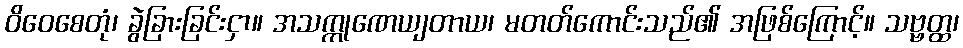
ဝိဝေစေတုံ၊ ခွဲခြားခြင်းငှာ။ အသက္ကုဏေယျတာယ၊ မတတ်ကောင်းသည်၏ အဖြစ်ကြောင့်။ သဗ္ဗတ္ထ၊